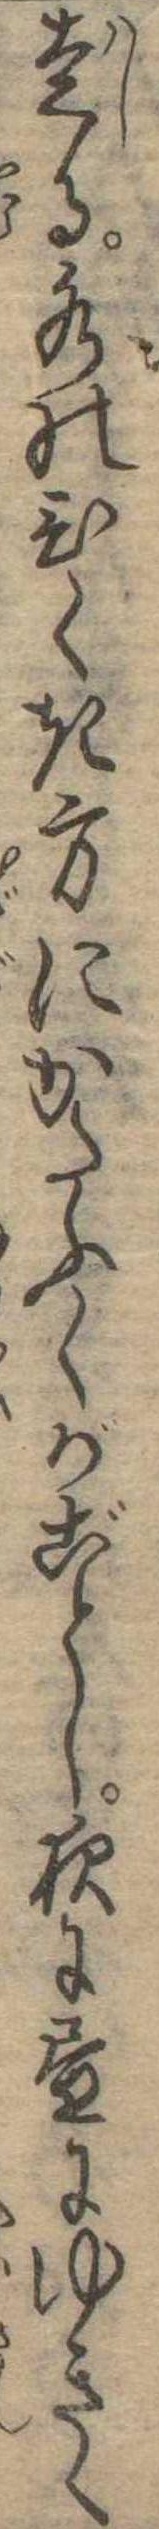
走る水のひくき方にかたふくがごとし夜に昼にゆきく